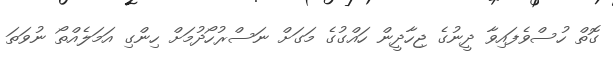
ގޮތް ހުސްވެފައިވާ ދީނުގެ ޖިހާދީން ހައްގުގެ މަގަށް ނަސްރުހޯދުމަށް ހިންގި އަމަލެއްތޯ ނުވަތަ